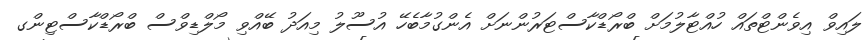
ލައިވް އިވެންޓްތައް ހުއްޓާލުމަށް ބްރޯޑްކާސްޓަރުންނަށް އެންގުމާބެހޭ އުސޫލު މިއަދު ބޭއްވި މޯލްޑިވްސް ބްރޯޑްކާސްޓިންގ